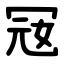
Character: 㓂